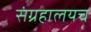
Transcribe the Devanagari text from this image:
संग्रहालयच